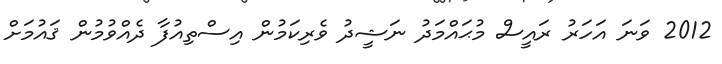
2012 ވަނަ އަހަރު ރައީސް މުޙައްމަދު ނަޝީދު ވެރިކަމުން އިސްތިއުފާ ދެއްވުމުން ޤައުމަށް